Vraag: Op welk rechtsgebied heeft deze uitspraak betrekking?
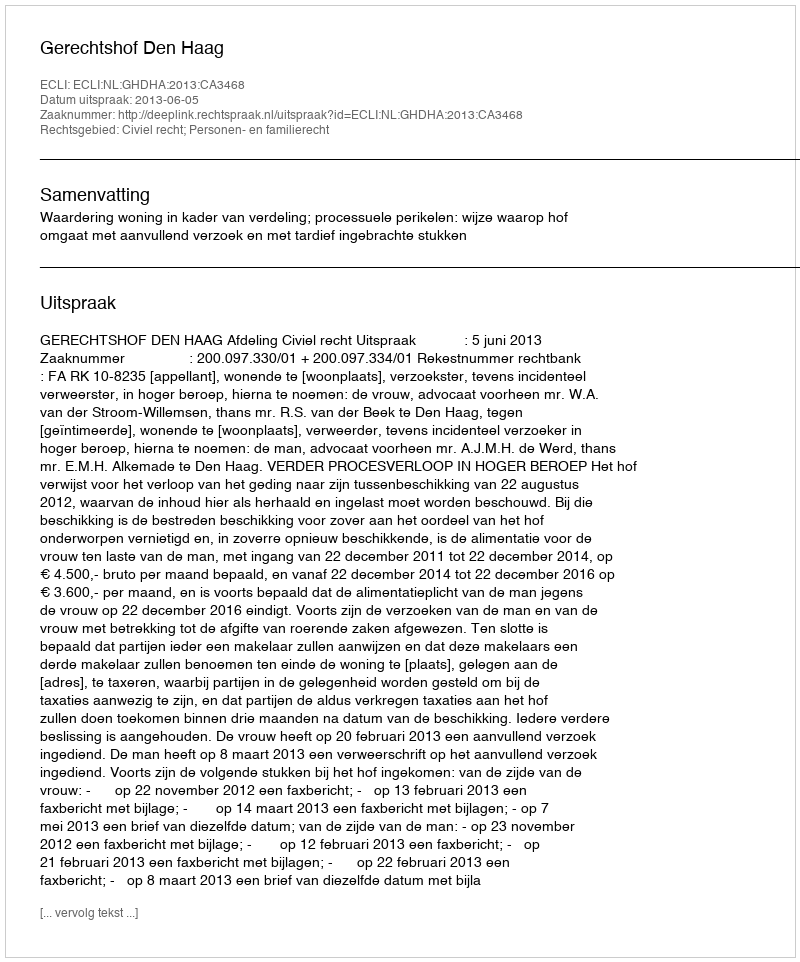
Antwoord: Civiel recht; Personen- en familierecht